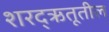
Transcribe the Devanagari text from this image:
शरद्‌ऋतूतील